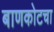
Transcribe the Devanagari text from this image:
बाणकोटचा